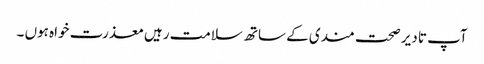
آپ تا دیر صحت مندی کے ساتھ سلامت رہیں معذرت خواہ ہوں ۔